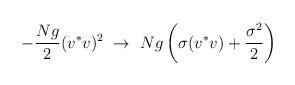
LaTeX: \begin{align*}-{Ng\over 2}(v^*v)^2\ \to\ Ng\left(\sigma(v^*v)+{\sigma^2\over 2}\right)\end{align*}